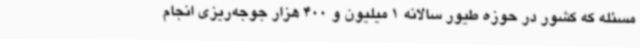
مسئله که کشور در حوزه طیور سالانه 1 میلیون و 400 هزار جوجه‌ریزی انجام